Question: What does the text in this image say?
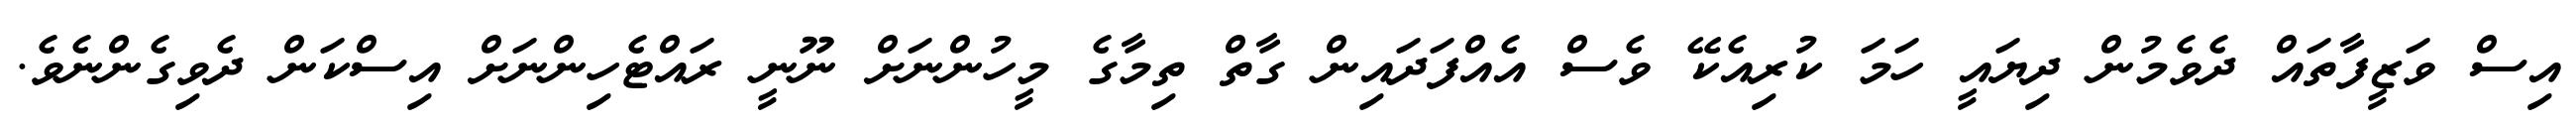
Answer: އިސް ވަޒީފާތައް ދެވެމުން ދިޔައީ ހަމަ ކުރިއެކޭ ވެސް އެއްފަދައިން ގާތް ތިމާގެ މީހުންނަށް ނޫނީ ރައްޓެހިންނަށް އިސްކަން ދެވިގެންނެވެ.